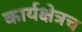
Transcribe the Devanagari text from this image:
कार्यक्षेत्रच